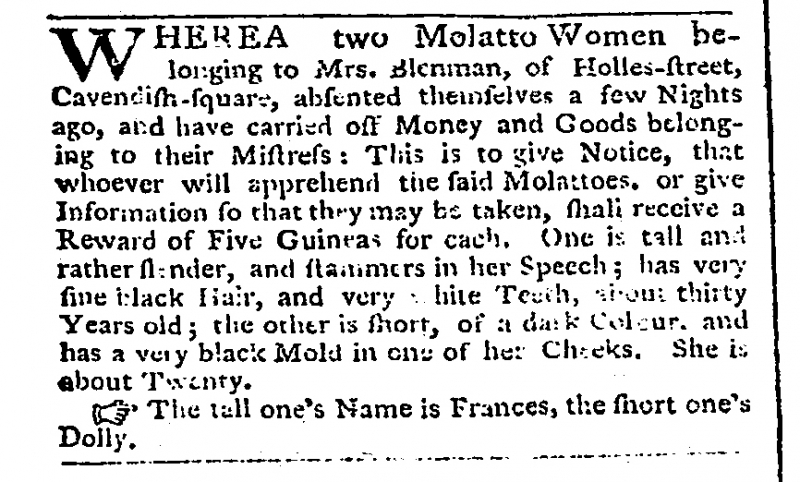
Public Advertiser, 27 August 1770 (England)
WHEREA[S] two Molatto Women belonging to Mrs. Blenman, of Holles-street, Cavendish-square, absented themselves a few Nights ago, and have carried off Money and Goods belonging to their Mistress: This is to give Notice, that whoever will apprehend the said Molattoes, or give Information so that they may be taken, shall receive a Reward of Five Guineas for each. One is tall and rather slender, and stammers in her Speech; has very fine black Hair, and very white Teeth, about thirty Years old; the other is short, of a dark Colour, and has a very black Mold in one of her Cheeks. She is about Twenty.  The tall one’s Name is Frances, the short one’s Dolly.